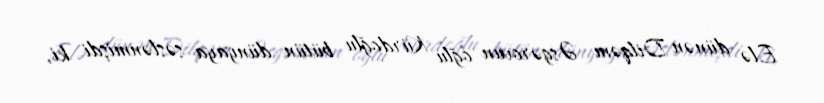
Elə dünən Dilqəm Əsgərovun oğlu Kürdoğlu bütün dünyaya səslənmişdi ki,